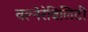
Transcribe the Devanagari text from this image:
वल्नेरेबिलिटी